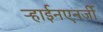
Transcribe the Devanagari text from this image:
ऱ्हाईनएनर्जी